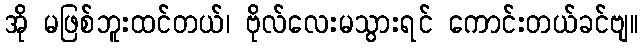
အို မဖြစ်ဘူးထင်တယ်၊ ဗိုလ်လေးမသွားရင် ကောင်းတယ်ခင်ဗျ။